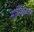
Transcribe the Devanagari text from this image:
नास्तित्वता